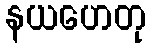
နယဟေတု